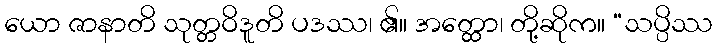
ယော ဇာနာတိ သုတ္တဝိဒူတိ ပဒဿ၊ ၏။ အတ္ထော၊ တို့ဆိုက။ “သပ္ပိဿ